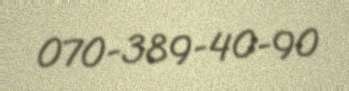
070-389-40-90